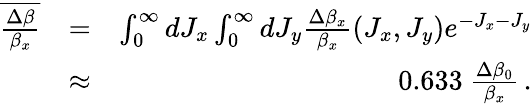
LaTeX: \begin{array}{rlr}{\overline{{\frac{\Delta\beta}{\beta_{x}}}}}&{=}&{\int_{0}^{\infty}dJ_{x}\int_{0}^{\infty}dJ_{y}\frac{\Delta\beta_{x}}{\beta_{x}}(J_{x},J_{y})e^{-J_{x}-J_{y}}}\\ &{\approx}&{0.633~\frac{\Delta\beta_{0}}{\beta_{x}}\, .}\end{array}